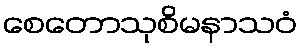
စေတောသုစိမနာသဝံ